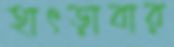
হাৎড়াবার